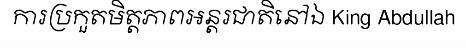
ការប្រកួតមិត្តភាពអន្តរជាតិនៅឯ King Abdullah